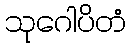
သုဂေါပိတံ